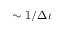
\sim 1 / \Delta \iota